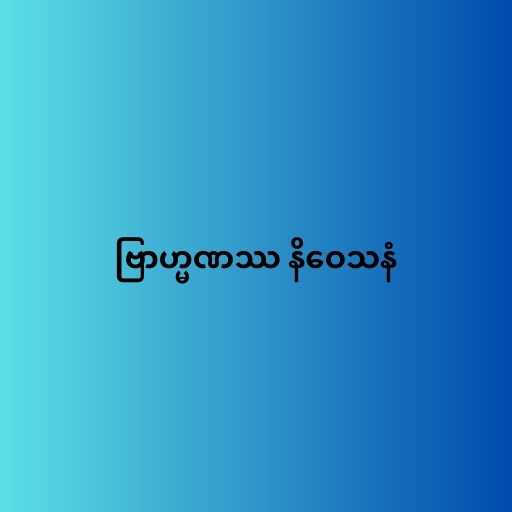
ဗြာဟ္မဏဿ နိဝေသနံ